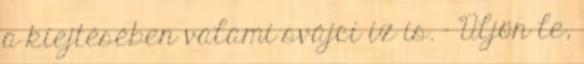
a kiejtésében valami svájci íz is. - Üljön le,